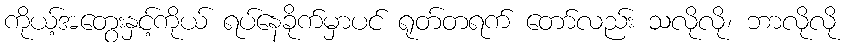
ကိုယ့်အတွေးနှင့်ကိုယ် ရပ်နေခိုက်မှာပင် ရုတ်တရက် တော်လည်း သလိုလို၊ ဘာလိုလို